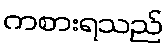
ကစားရသည်